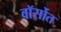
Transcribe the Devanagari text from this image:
वॉर्सोत